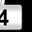
Digit: 4